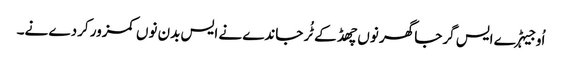
اُو جیہڑے ایس گرجا گھر نوں چھڈ کے ٹُر جاندے نے ایس بدن نوں کمزور کردے نے۔